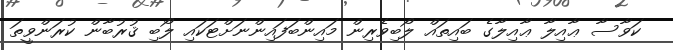
ކަވާސާ ޢާއިލާ ޢާއިލާގެ ބައިތައް ލޯބިވެރިން މައިންބަފައިންނަށްޓަކައި ލޯބި ޤުރުބާން ކުރަންވީތަ